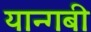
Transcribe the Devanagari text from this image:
यान्गबी